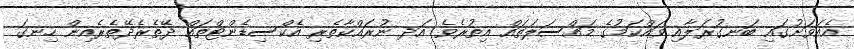
އެއަވަށުގައި ބަނގުރަލާއި ވައްކަމުގެ މައްސަލަތައް އިތުރެވެ އަދ ނުރައްކާތެރި އެކްސިޑެންޓްތައް ދޭތެރެދޭތެރެއިން ހިނގަ